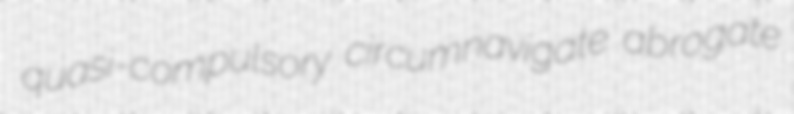
quasi-compulsory circumnavigate abrogate